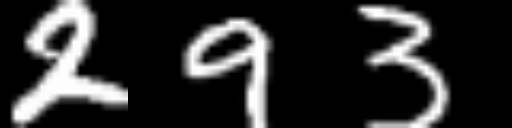
Text: 293